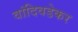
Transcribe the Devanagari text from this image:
वांदिवडेकर